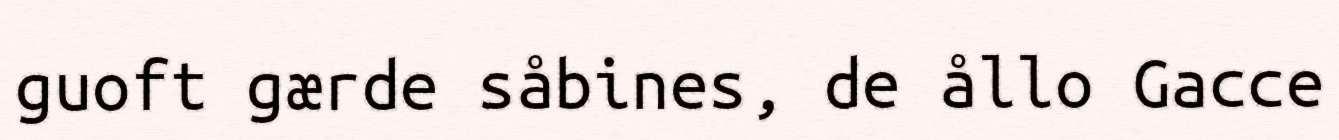
guoft gærde såbines, de ållo Gacce